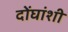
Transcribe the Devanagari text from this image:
दोंघांशी